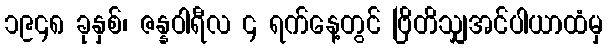
၁၉၄၈ ခုနှစ်၊ ဇန္နဝါရီလ ၄ ရက်နေ့တွင် ဗြိတိသျှအင်ပါယာထံမှ